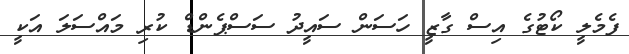
ފެމެލީ ކޯޓުގެ އިސް ގާޒީ ހަސަން ސައީދު ސަސްޕެންޑް ކުރި މައްސަލަ އަކީ